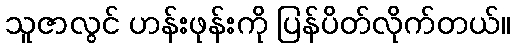
သူဇာလွင် ဟန်းဖုန်းကို ပြန်ပိတ်လိုက်တယ်။